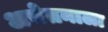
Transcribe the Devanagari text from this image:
अचेतनाला